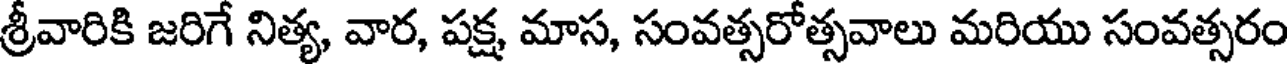
శ్రీవారికి జరిగే నిత్య, వార, పక్ష మాస, సంవత్సరోత్సవాలు మరియు సంవత్సరం